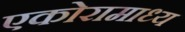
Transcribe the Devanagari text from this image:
एकोरामाध्य